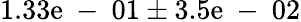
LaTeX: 1.33\mathrm{e}\mathrm{{~-~}}01\pm3.5\mathrm{e}\mathrm{{~-~}}02